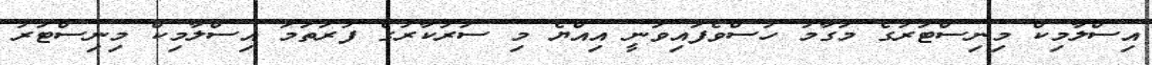
އިސްލާމިކް މިނިސްޓަރުގެ މަގާމު ހުސްވެފައިވަނީ އިއްޔެ މި ސަރުކާރުގެ ފުރަތަމަ އިސްލާމިކް މިނިސްޓަރު